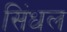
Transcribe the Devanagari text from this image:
सिंधल